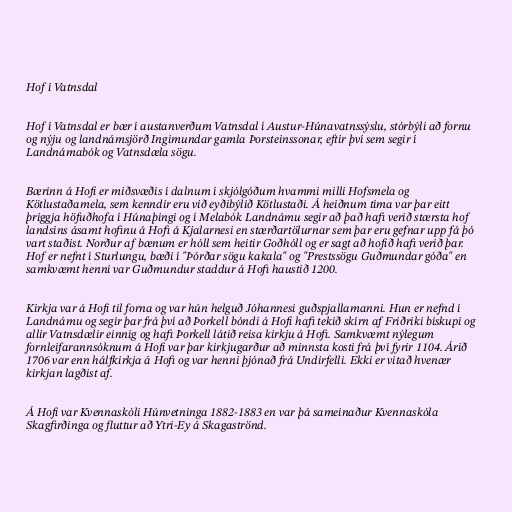
Hof í Vatnsdal

Hof í Vatnsdal er bær í austanverðum Vatnsdal í Austur-Húnavatnssýslu, stórbýli að fornu
og nýju og landnámsjörð Ingimundar gamla Þorsteinssonar, eftir því sem segir í
Landnámabók og Vatnsdæla sögu.

Bærinn á Hofi er miðsvæðis í dalnum í skjólgóðum hvammi milli Hofsmela og
Kötlustaðamela, sem kenndir eru við eyðibýlið Kötlustaði. Á heiðnum tíma var þar eitt
þriggja höfuðhofa í Húnaþingi og í Melabók Landnámu segir að það hafi verið stærsta hof
landsins ásamt hofinu á Hofi á Kjalarnesi en stærðartölurnar sem þar eru gefnar upp fá þó
vart staðist. Norður af bænum er hóll sem heitir Goðhóll og er sagt að hofið hafi verið þar.
Hof er nefnt í Sturlungu, bæði í "Þórðar sögu kakala" og "Prestssögu Guðmundar góða" en
samkvæmt henni var Guðmundur staddur á Hofi haustið 1200.

Kirkja var á Hofi til forna og var hún helguð Jóhannesi guðspjallamanni. Hun er nefnd í
Landnámu og segir þar frá því að Þorkell bóndi á Hofi hafi tekið skírn af Friðriki biskupi og
allir Vatnsdælir einnig og hafi Þorkell látið reisa kirkju á Hofi. Samkvæmt nýlegum
fornleifarannsóknum á Hofi var þar kirkjugarður að minnsta kosti frá því fyrir 1104. Árið
1706 var enn hálfkirkja á Hofi og var henni þjónað frá Undirfelli. Ekki er vitað hvenær
kirkjan lagðist af.

Á Hofi var Kvennaskóli Húnvetninga 1882-1883 en var þá sameinaður Kvennaskóla
Skagfirðinga og fluttur að Ytri-Ey á Skagaströnd.